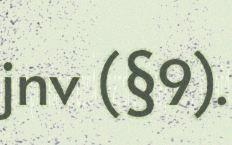
jnv (§9).